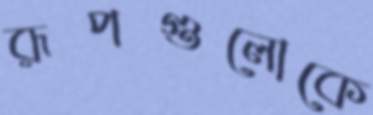
রূপগুলোকে